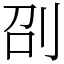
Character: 刟